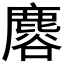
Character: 𪊿